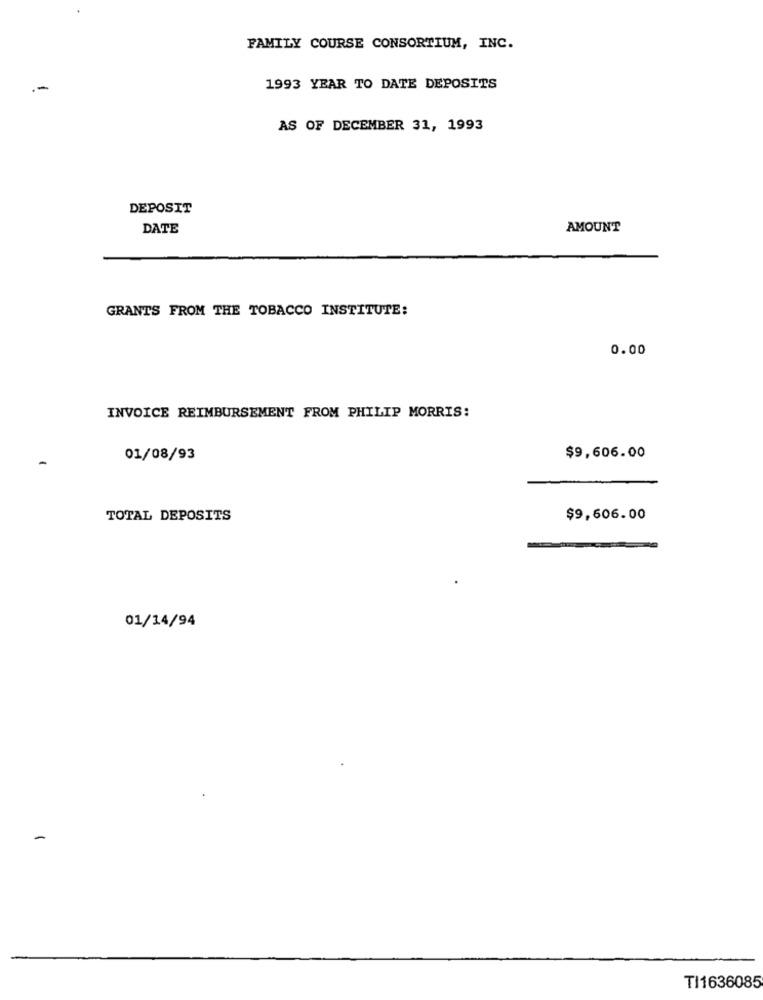
FAMILY COURSE CONSORTIUM, INC.
1993 YEAR TO DATE DEPOSITS
AS OF DECEMBER 31, 1993
DEPOSIT
DATE
AMOUNT
GRANTS FROM THE TOBACCO INSTITUTE:
0.00
INVOICE REIMBURSEMENT FROM PHILIP MORRIS:
01/08/93
$9,606.00
TOTAL DEPOSITS
$9,606.00
01/14/94
TI1636085